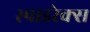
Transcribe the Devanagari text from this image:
स्पाइरेक्स